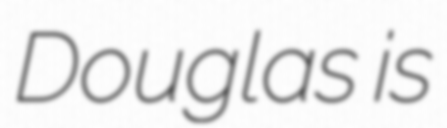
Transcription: Douglas is